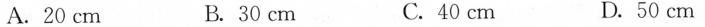
A.20cm B.30cm C.40cm D.50cm